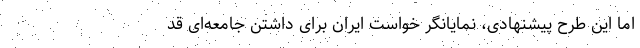
اما این طرح پیشنهادی، نمایانگر خواست ایران برای داشتن جامعه‌ای قد